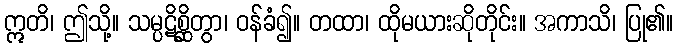
ဣတိ၊ ဤသို့။ သမ္ပဋိစ္ဆိတွာ၊ ဝန်ခံ၍။ တထာ၊ ထိုမယားဆိုတိုင်း။ အကာသိ၊ ပြု၏။